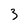
Character: 3